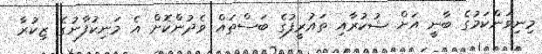
މިނިވަންކަމުގެ ބާނީ އަށް ޝުކުރާއި ތައުރީފުގެ ބަސްތައް ވެދުންކޮށް އެ މަނިކުފާނުގެ ޒިކުރާ